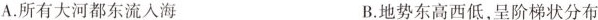
A.所有大河都东流入海 B.地势东高西低，呈阶梯状分布